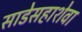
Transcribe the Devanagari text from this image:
साडेसहाशेवा